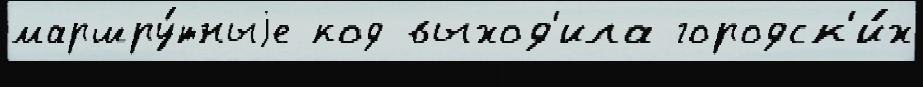
маршру́тныjе код выход'ила городск'и́х